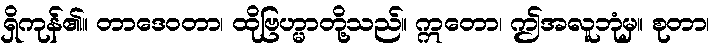
ရှိကုန်၏။ တာဒေဝတာ၊ ထိုဗြဟ္မာတို့သည်။ ဣတော၊ ဤအလူဘုံမှ။ စုတာ၊